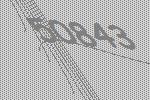
50843